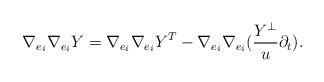
LaTeX: \begin{align*}\nabla_{e_i}\nabla_{e_i}Y=\nabla_{e_i}\nabla_{e_i}Y^T-\nabla_{e_i}\nabla_{e_i}(\frac{Y^{\perp}}{u}\partial_t).\end{align*}